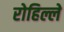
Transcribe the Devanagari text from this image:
रोहिल्ले